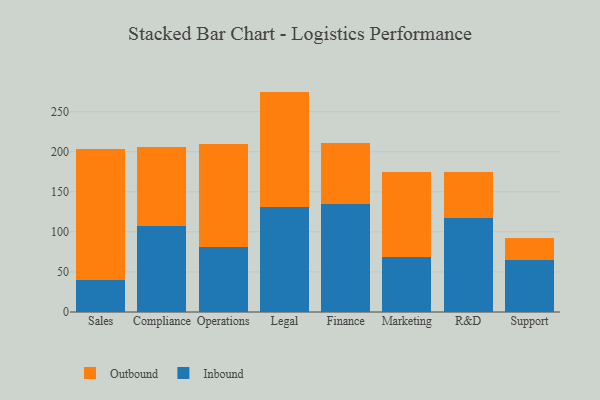
{"axis": {"x": "Department", "y": "Operating Costs (USD K)"}, "legend": ["Inbound", "Outbound"], "data": [{"x": "Sales", "y": 39.9, "type": "Inbound"}, {"x": "Sales", "y": 164.0, "type": "Outbound"}, {"x": "Compliance", "y": 107.4, "type": "Inbound"}, {"x": "Compliance", "y": 98.4, "type": "Outbound"}, {"x": "Operations", "y": 81.6, "type": "Inbound"}, {"x": "Operations", "y": 127.9, "type": "Outbound"}, {"x": "Legal", "y": 130.7, "type": "Inbound"}, {"x": "Legal", "y": 144.4, "type": "Outbound"}, {"x": "Finance", "y": 135.1, "type": "Inbound"}, {"x": "Finance", "y": 76.3, "type": "Outbound"}, {"x": "Marketing", "y": 69.0, "type": "Inbound"}, {"x": "Marketing", "y": 106.3, "type": "Outbound"}, {"x": "R&D", "y": 117.5, "type": "Inbound"}, {"x": "R&D", "y": 57.1, "type": "Outbound"}, {"x": "Support", "y": 65.4, "type": "Inbound"}, {"x": "Support", "y": 27.0, "type": "Outbound"}]}